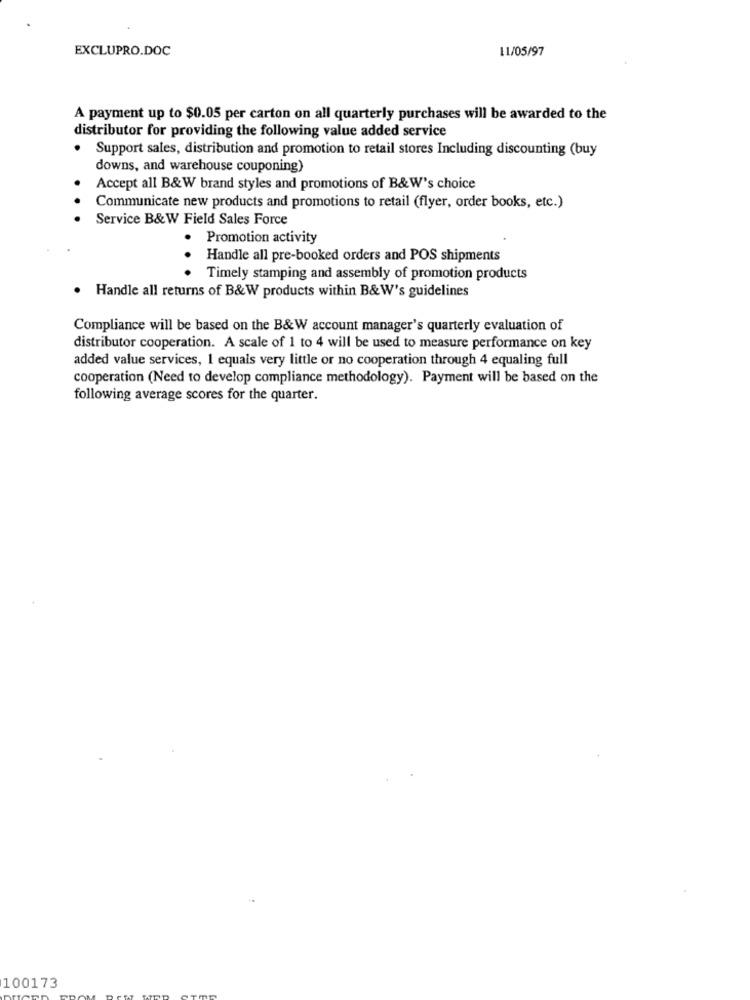
EXCLUPRO.DOC
11/05/97
A payment up to $0.05 per carton on all quarterly purchases will be awarded to the
distributor for providing the following value added service
· Support sales, distribution and promotion to retail stores Including discounting (buy
downs, and warehouse couponing)
Accept all B&W brand styles and promotions of B&W's choice
Communicate new products and promotions to retail (flyer, order books, etc.)
Service B&W Field Sales Force
Promotion activity
.
Handle all pre-booked orders and POS shipments
. Timely stamping and assembly of promotion products
· Handle all returns of B&W products within B&W's guidelines
Compliance will be based on the B&W account manager's quarterly evaluation of
distributor cooperation. A scale of 1 to 4 will be used to measure performance on key
added value services, 1 equals very little or no cooperation through 4 equaling full
cooperation (Need to develop compliance methodology). Payment will be based on the
following average scores for the quarter.
100173